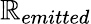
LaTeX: \mathbb{R}_{emitted}